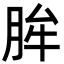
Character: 䏬